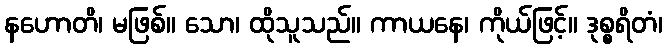
နဟောတိ၊ မဖြစ်။ သော၊ ထိုသူသည်။ ကာယနေ၊ ကိုယ်ဖြင့်။ ဒုစ္စရိတံ၊